Vaccination in Bombay 1924-1928 - 1924-1928
Year: 1924
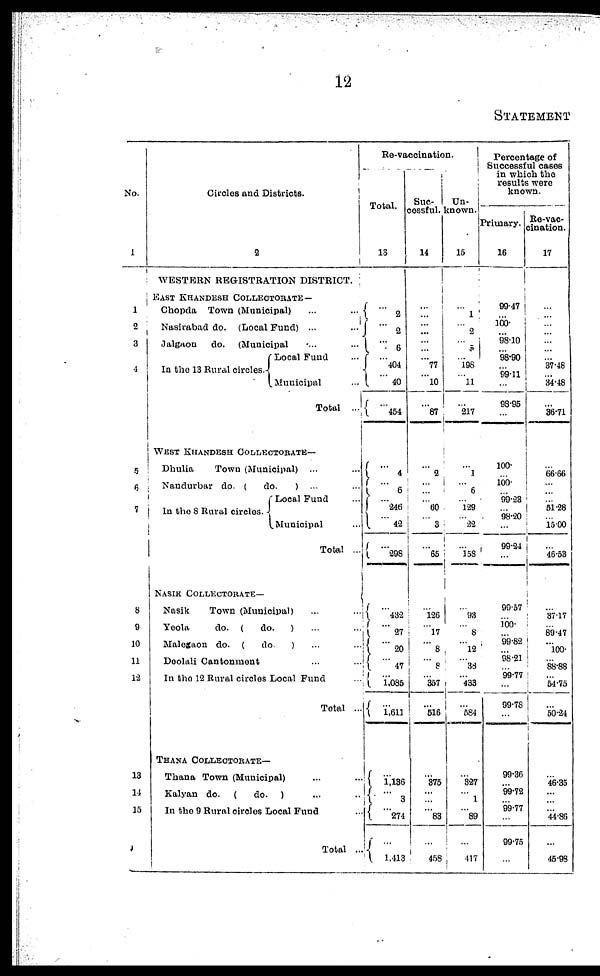
12
STATEMENT
No.
1
1
2
3
4
5
6
7
8
9
10
11
12
13
14
15
Circles and Districts.
2
WESTERN REGISTRATION DISTRICT.
EAST KHANDESH COLLECTORATE—
Chopda Town (Municipal)
...
...
Nasirabad do. (Local Fund) ... ...
Jalgaon
do. (Municipal ... ...
In the 13 Rural circles.
Local Fund ...
Municipal ...
Total ...
WEST KHANDESH COLLECTORATE—
Dhulia
Town (Municipal) ... ...
Nandurbar do. (
do.
) ... ...
In the 8 Rural circles.
Local Fund ...
Municipal ...
Total ...
NASIK COLLECTORATE—
Nasik
Town (Municipal) ... ...
Yeola
do. (
do.
) ... ...
Malegaon do. (
do.) ... ...
Deolali Cantonment ... ...
In the 12 Rural circles Local Fund ...
Total ...
THANA COLLECTORATE—
Thana Town (Municipal) ... ...
Kalyan do. (
do. ) ... ...
In the 9 Rural circles Local Fund ...
Total ...
Re-vaccination.
Total.
13
...
2
...
2
...
6
...
404
...
40
...
454
...
4
...
6
...
246
...
42
...
298
...
432
... 27
...
20
...
47
... 1,085
...
1,611
...
1,136
...
3
...
274
...
1,413
Suc¬
cessful.
14
...
...
...
...
...
...
...
77
...
10
...
87
...
2
...
...
... 60
...
3
...
65
...
126
...
17
...
8
...
8
...
357
... 516
...
375
...
...
...
83
...
458
Un¬
known.
15
...
1
...
2
...
...
...
198
...
11
...
217
...
1
...
6
...
129
...
22
...
158
...
93
...
8
...
12
...
38
... 433
... 584
...
327
...
1
...
89
...
417
Percentage of
Successful cases
in which the
results were
known.
Primary.
16
99.47
...
100.
...
98.10
...
98.90
...
99.11
...
98.95
...
100.
...
100.
...
99.23
... 98.20
...
99.24
...
99.57
...
100.
...
99.82
...
98.21
...
99.77
...
99.78
...
99.36
...
99.72
... 99.77
...
99.75
...
Re-vac¬
cination.
17
...
...
...
...
...
...
...
37.48
...
34.48
...
36.71
...
66.66
...
...
...
51.28
...
15.00
...
46.53
...
37.17
...
89.47
...
100.
...
88.88
...
54.75
...
50.24
...
46.35
...
...
...
44.86
...
45.98